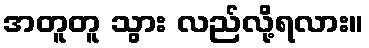
အတူတူ သွား လည်လို့ရလား။